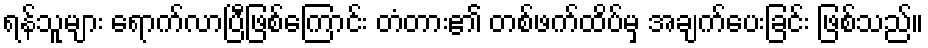
ရန်သူများ ရောက်လာပြီဖြစ်ကြောင်း တံတား၏ တစ်ဖက်ထိပ်မှ အချက်ပေးခြင်း ဖြစ်သည်။